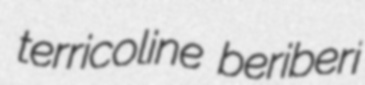
terricoline beriberi